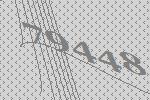
79448